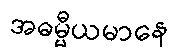
အဓမ္မီယမာနေ